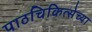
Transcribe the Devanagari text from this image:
पाठचिकित्सेच्या